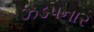
ઝડપનાર